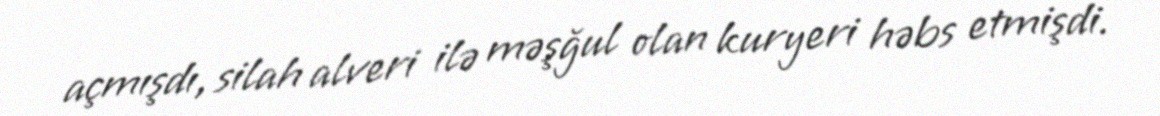
açmışdı, silah alveri ilə məşğul olan kuryeri həbs etmişdi.